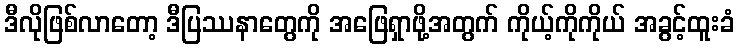
ဒီလိုဖြစ်လာတော့ ဒီပြဿနာတွေကို အဖြေရှာဖို့အတွက် ကိုယ့်ကိုကိုယ် အခွင့်ထူးခံ